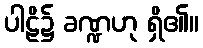
ပါဠိ၌ ခဏ္ဍဟု ရှိ၏။